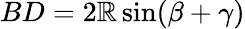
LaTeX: BD=2\mathbb{R}\sin(\beta+\gamma)